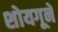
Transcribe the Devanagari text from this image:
शोयगूने